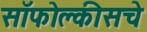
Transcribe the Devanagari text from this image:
सॉफोक्लीसचे